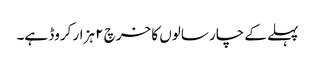
پہلے کے چار سالوں کا خرچ ۲ ہزار کروڈ ہے۔